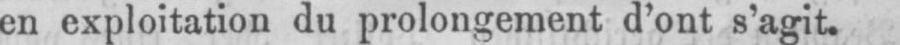
en exploitation du prolongement d’ont s’agit.